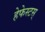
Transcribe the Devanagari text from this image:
हेफेस्टस्‌